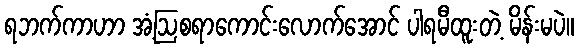
ရဘက်ကာဟာ အံ့ဩစရာကောင်းလောက်အောင် ပါရမီထူးတဲ့ မိန်းမပဲ။